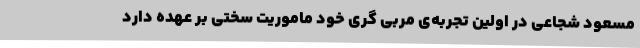
مسعود شجاعی در اولین تجربه‌ی مربی گری خود ماموریت سختی بر عهده دارد